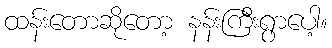
ထန်းတောဆိုတော့ နန်းကြီးရွာပေါ့။